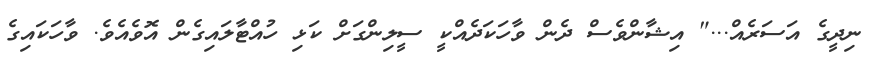
ނިދީގެ އަސަރެއް..." އިޝާންވެސް ދެން ވާހަކަދެއްކީ ސީލިންގަށް ކަޅި ހުއްޓާލައިގެން އޮވެއެވެ. ވާހަކައިގެ